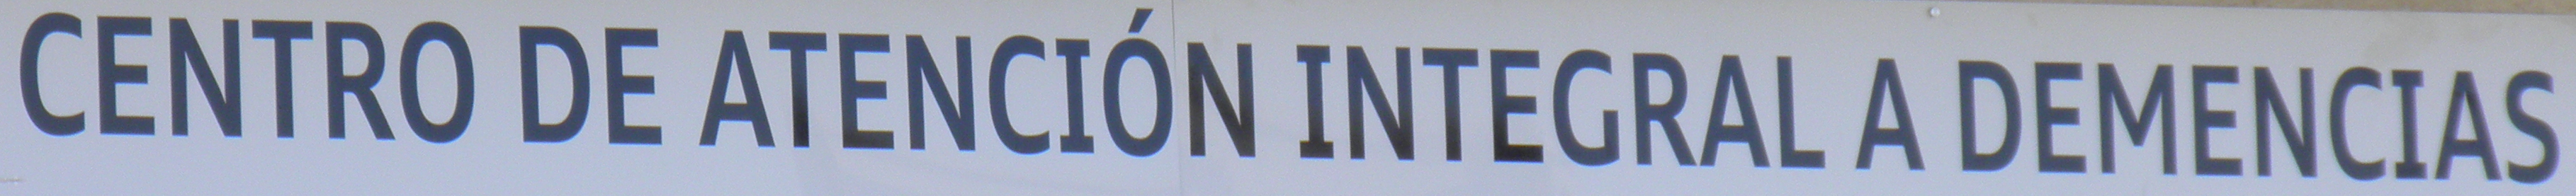
CENTRO DE ATENCION INTEGRAL A DEMENCIAS